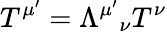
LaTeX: T^{\mu^{\prime}}=\Lambda^{\mu^{\prime}}{}_{\nu}T^{\nu}